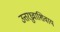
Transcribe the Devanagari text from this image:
उत्तरध्रुवाशिवाय